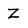
Character: Z